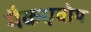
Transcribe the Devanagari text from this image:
मैकएवोय